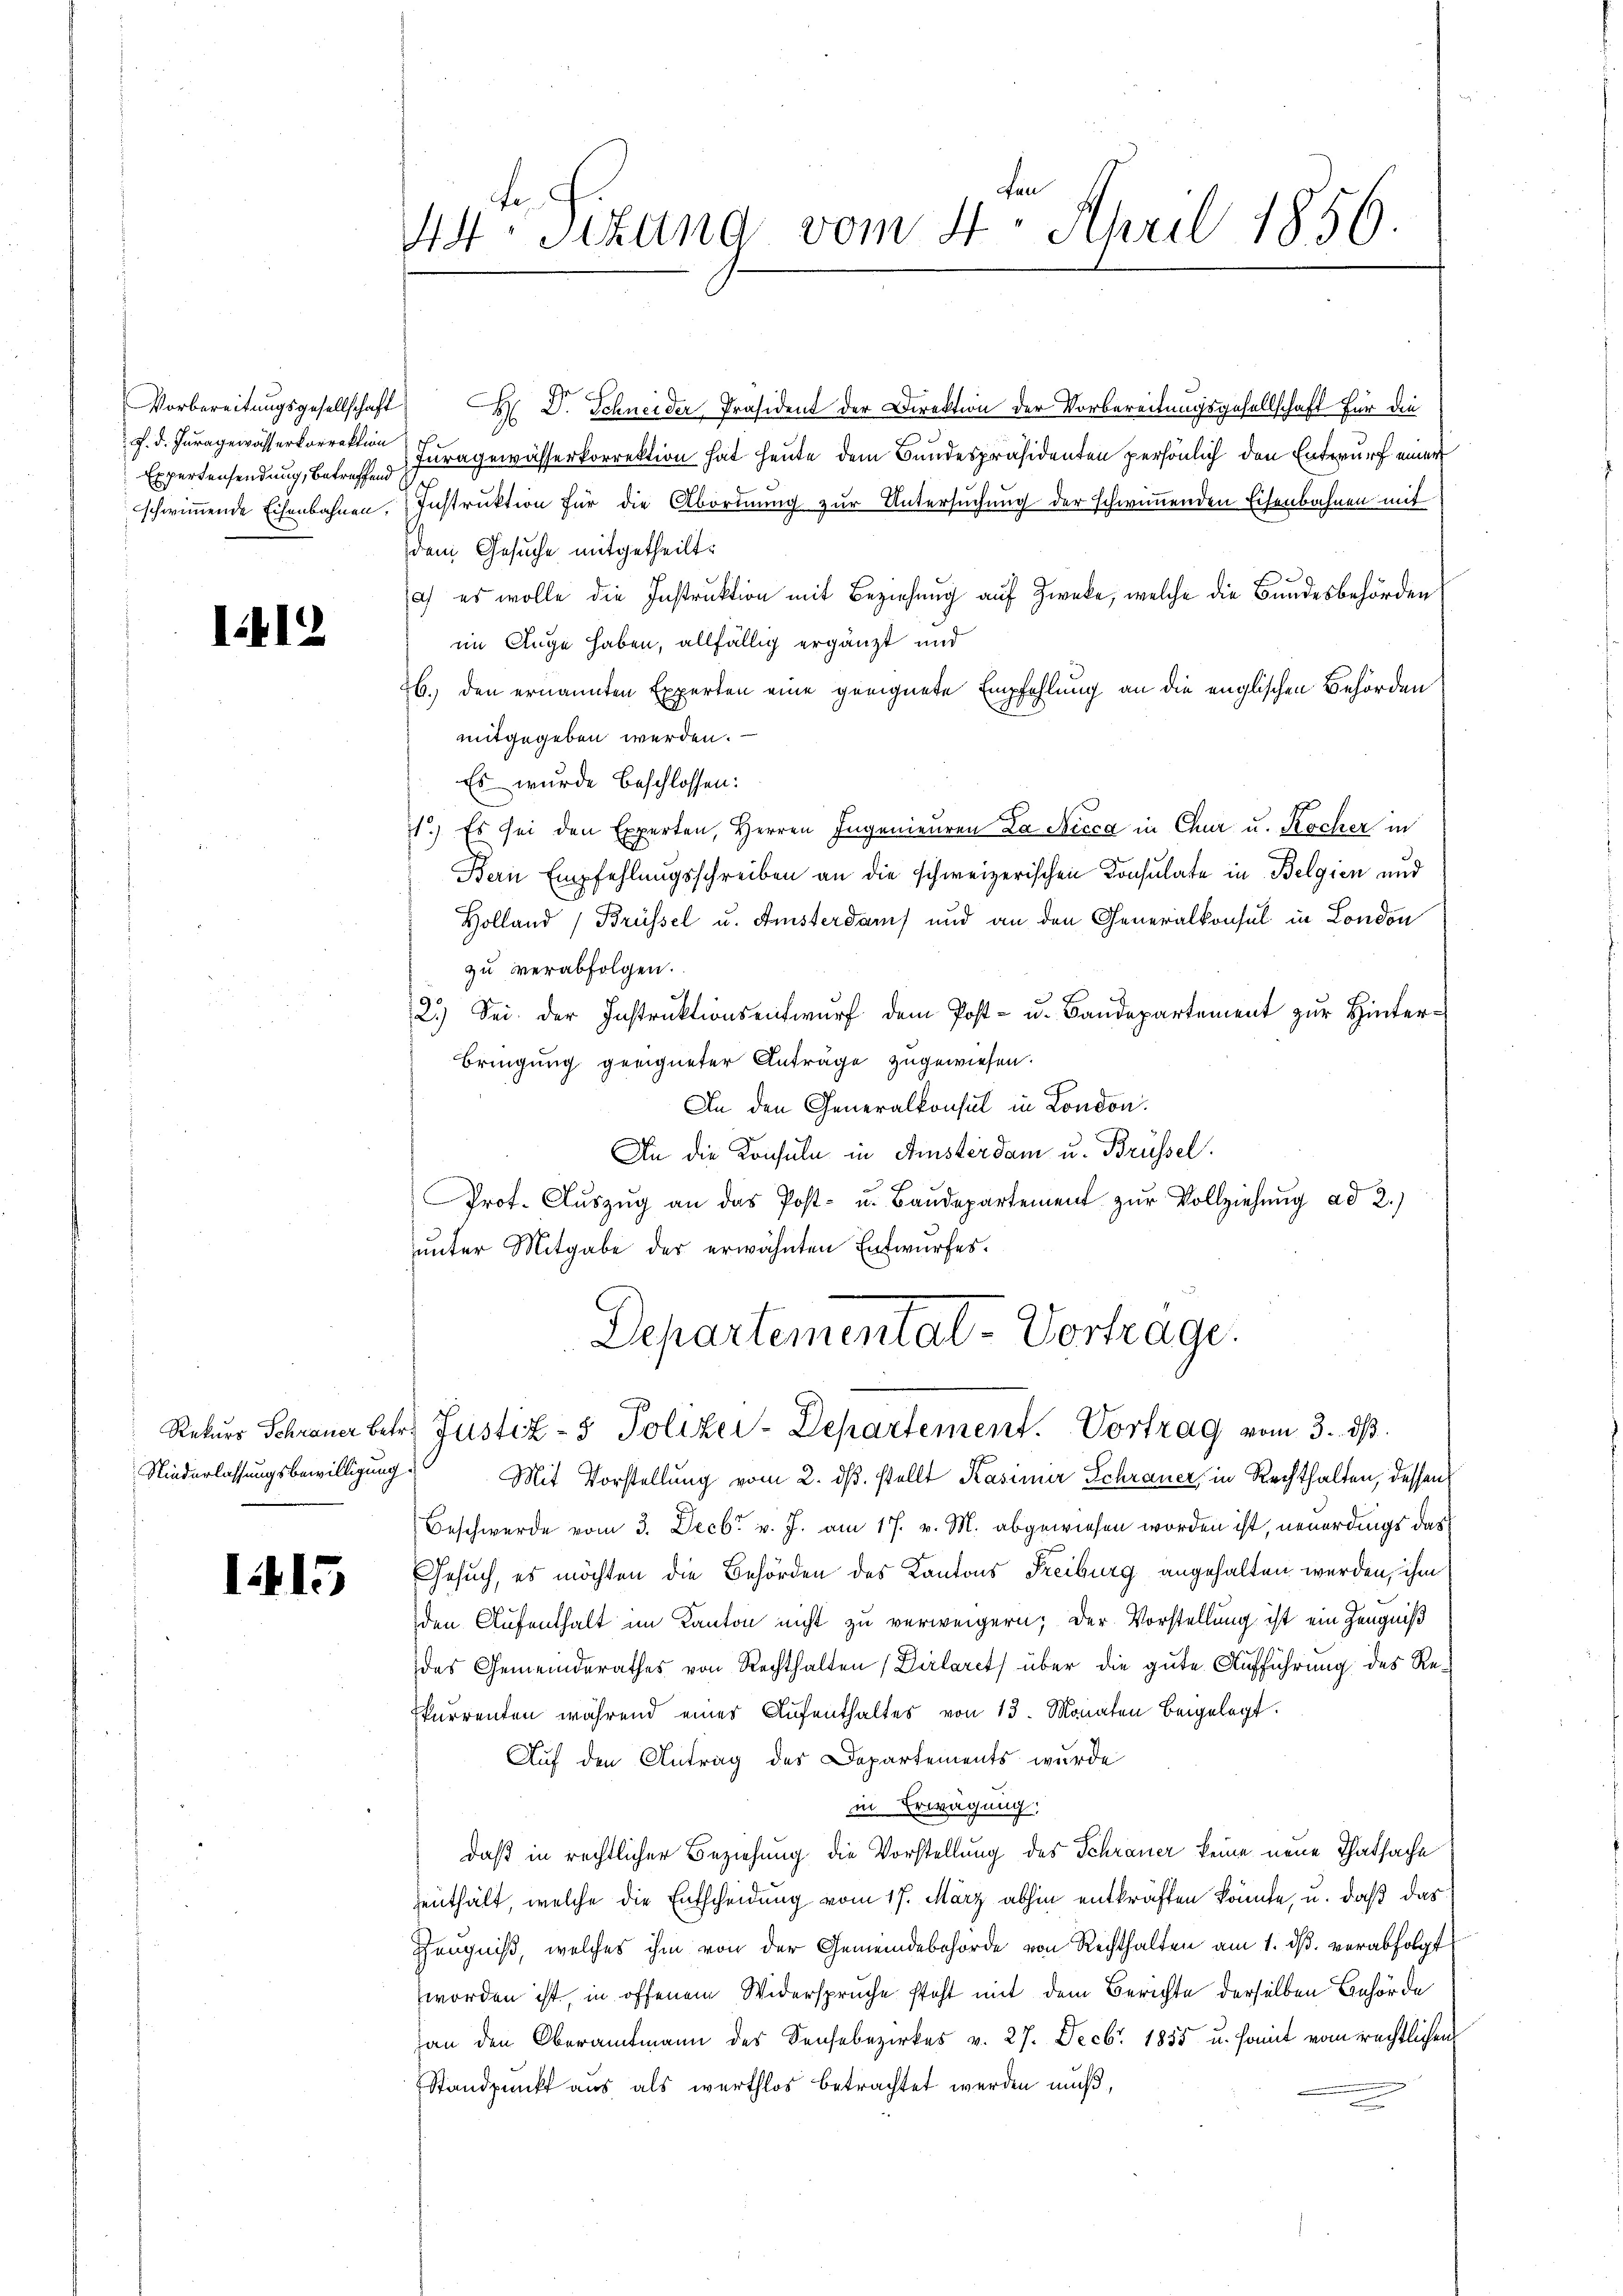
F. d. Juragewässerkorrektion
Expertensendung, betreffend

1412

Niederlassungsbewilligung

1415

fe
44 Sitzung vom 2. April 1856.

Vorbereitŭngsgesellschaft H: Dr. Schneider, Präsident der Direktion der Vorbereitungsgesellschaft für die
Juragewässerkorrektion hat heute dem Bundespräsidenten persönlich den Entwurf einer
schwimmende Eisenbahnen. Instruktion für die Abordnung zur Untersuchung der schwimmenden Eisenbahnen mit
dem Gesuche mitgetheilt.
) es wolle die Instruktion mit Beziehung auf Zweke, welche die Bundesbehörden
im Auge haben, allfällig ergänzt und
b. den ernannten Experten eine geeignete Empfehlung an die englischen Behörden
mitgegeben werden. —
Es wurde beschlossen:
1.) Es sei den Experten, Herren Ingenieuren Da Nicca in Chur u. Kocher in
Bern Empfehlungsschreiben an die schweizerischen Consulate in Belgien und
Holland Brüssel u. Amsterdams und an den Generalkonsul in London
zu verabfolgen.
f
2.) Sei der Instruktionsentwurf dem Post- u. Bandepartement zur Hinter¬
Bringung geeigneter Anträge zugewiesen.
An den Generalkonsul in London.
An die Konsuln in Amsterdam u. Brüssel.
Prot. Aŭszŭg an das Post- u. Baŭdepartement zur Vollziehung ad 2.)
unter Mitgabe der erwähnten Entwurfes.
Departemental-Vortrage.
Rekurs Schraner betr. Justiz- & Polizei-Departement. Vortrag vom 3. ds.
Mit Vorstellung vom 2. ds. stellt Kasimir Schrauer in Rechthalten, dessen
Beschwerde vom 3. Decbr v. J. am 17. v. M. abgewiesen worden ist, neuerdings das
Gesuch, es möchten die Behörden des Kantons Freiburg angehalten werden, ihm
den Aufenthalt im Kanton nicht zu verweigern; der Vorstellung ist ein Zeugniß
des Gemeinderathes von Rechthalten Dirlaret über die gute Aufführung des Rekurrenten während einer Aufenthaltes von 13. Monaten beigelegt.
Auf den Antrag des Departements wurde
in Erwägung
daß in rechtlicher Beziehung die Vorstellung des Schrauer keine neue Thatsache
henthält, welche die Entscheidung vom 17. März abhin entkräften könnte, u. daß das
Zeugniß, welches ihm von der Gemeindebehörde von Rechthalten am 1. dβ verabfolgt
worden ist, in offenem Widerspruche steht mit dem Berichte derselben Behörde
an den Oberamtmann des Sensebezirkes v. 27. Decbr 1855 u. somit vom rechtlichen
Standpunkt aus als werthlos betrachtet werden muß,